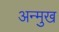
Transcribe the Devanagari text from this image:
अन्मुख